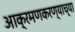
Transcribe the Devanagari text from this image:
आक्रमणकरण्याच्या